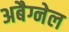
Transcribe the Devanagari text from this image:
अबैग्नेल